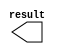
module del_x (
	result);

	output	[9:0]  result;

endmodule